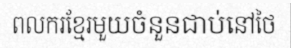
ពលករខ្មែរមួយចំនួនជាប់នៅថៃ